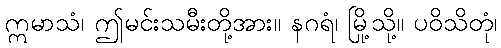
ဣမာသံ၊ ဤမင်းသမီးတို့အား။ နဂရံ၊ မြို့သို့။ ပဝိသိတုံ၊